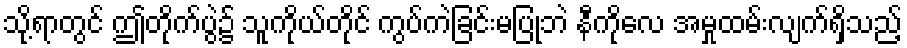
သို့ရာတွင် ဤတိုက်ပွဲ၌ သူကိုယ်တိုင် ကွပ်ကဲခြင်းမပြုဘဲ နီကိုလေ အမှုထမ်းလျက်ရှိသည့်